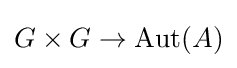
G\times G\to \operatorname {Aut} (A)